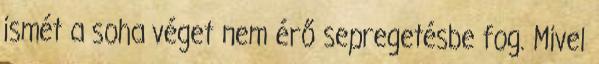
ismét a soha véget nem érő sepregetésbe fog. Mivel